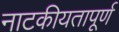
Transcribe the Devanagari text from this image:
नाटकीयतापूर्ण